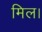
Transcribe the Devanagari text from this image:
मिल।